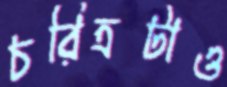
চরিত্রটাও